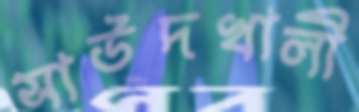
সাউদখালী